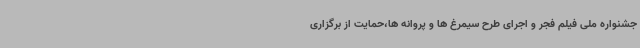
جشنواره ملی فیلم فجر و اجرای طرح سیمرغ ها و پروانه ها،حمایت از برگزاری